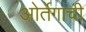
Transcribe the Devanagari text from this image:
ओर्तेगाची